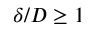
\delta / D \geq 1